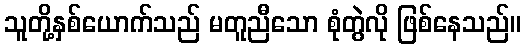
သူတို့နှစ်ယောက်သည် မတူညီသော စုံတွဲလို ဖြစ်နေသည်။